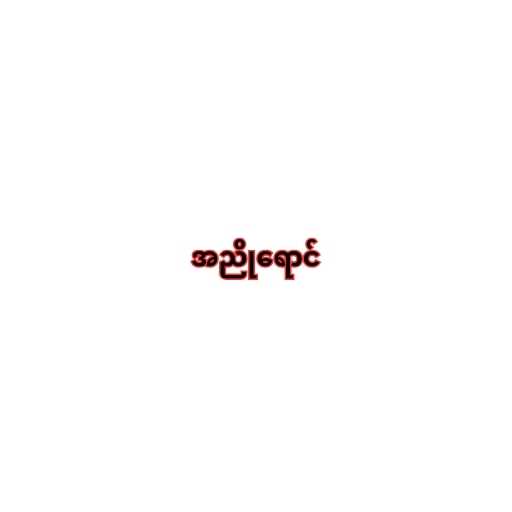
အညိုရောင်